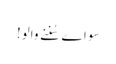
سو اے سُننے والو!